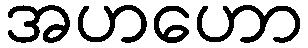
အဟဟော